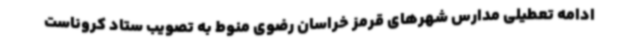
ادامه تعطیلی مدارس شهرهای قرمز خراسان رضوی منوط به تصویب ستاد کروناست